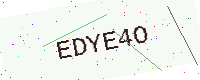
Text: EDYE4O